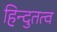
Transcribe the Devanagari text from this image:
हिन्दुतत्व